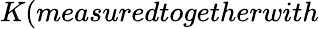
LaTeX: K(measuredtogetherwith